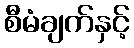
စီမံချက်နှင့်